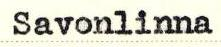
Savonlinna